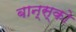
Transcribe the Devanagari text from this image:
बान्स्को